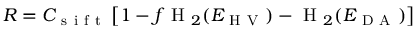
R = C _ { \mathrm { ~ s ~ i ~ f ~ t ~ } } \left[ 1 - f \mathrm { ~ H ~ } _ { 2 } ( E _ { \mathrm { ~ H ~ V ~ } } ) - \mathrm { ~ H ~ } _ { 2 } ( E _ { \mathrm { ~ D ~ A ~ } } ) \right]